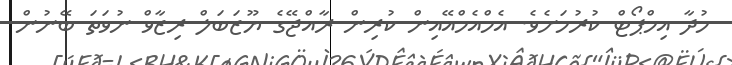
މުދާ އިމްޕޯޓް ކުރުމަށެވެ. އެމްއެމްއޭއިން ކުރިން ރާއްޖޭގެ ޔޫޒަބަލް ރިޒާވް ނުވަތަ ބޭނުން